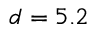
d = 5 . 2